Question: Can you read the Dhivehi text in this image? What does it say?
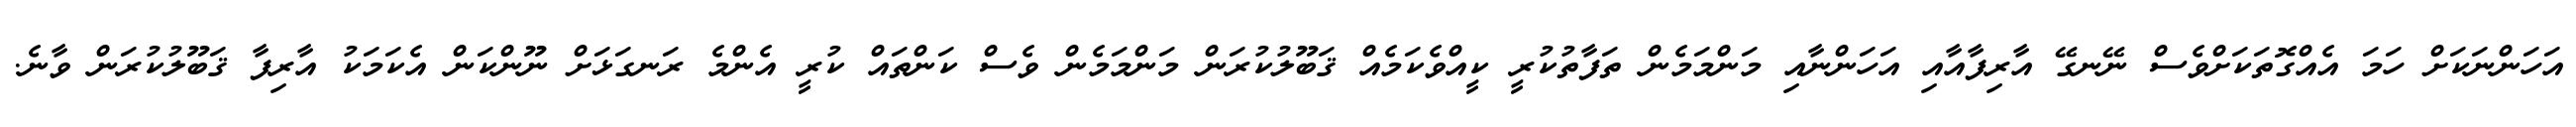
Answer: އަހަންނަކަށް ހަމަ އެއްގޮތަކަށްވެސް ނޭނގޭ އާރިފާއާއި އަހަންނާއި މަންމަމެން ތަފާތުކުރީ ކީއްވެކަމެއް ޤަބޫލުކުރަން މަންމަމެން ވެސް ކަންތައް ކުރީ އެންމެ ރަނގަޅަށް ނޫންކަން އެކަމަކު އާރިފާ ޤަބޫލުކުރަން ވާނެ.